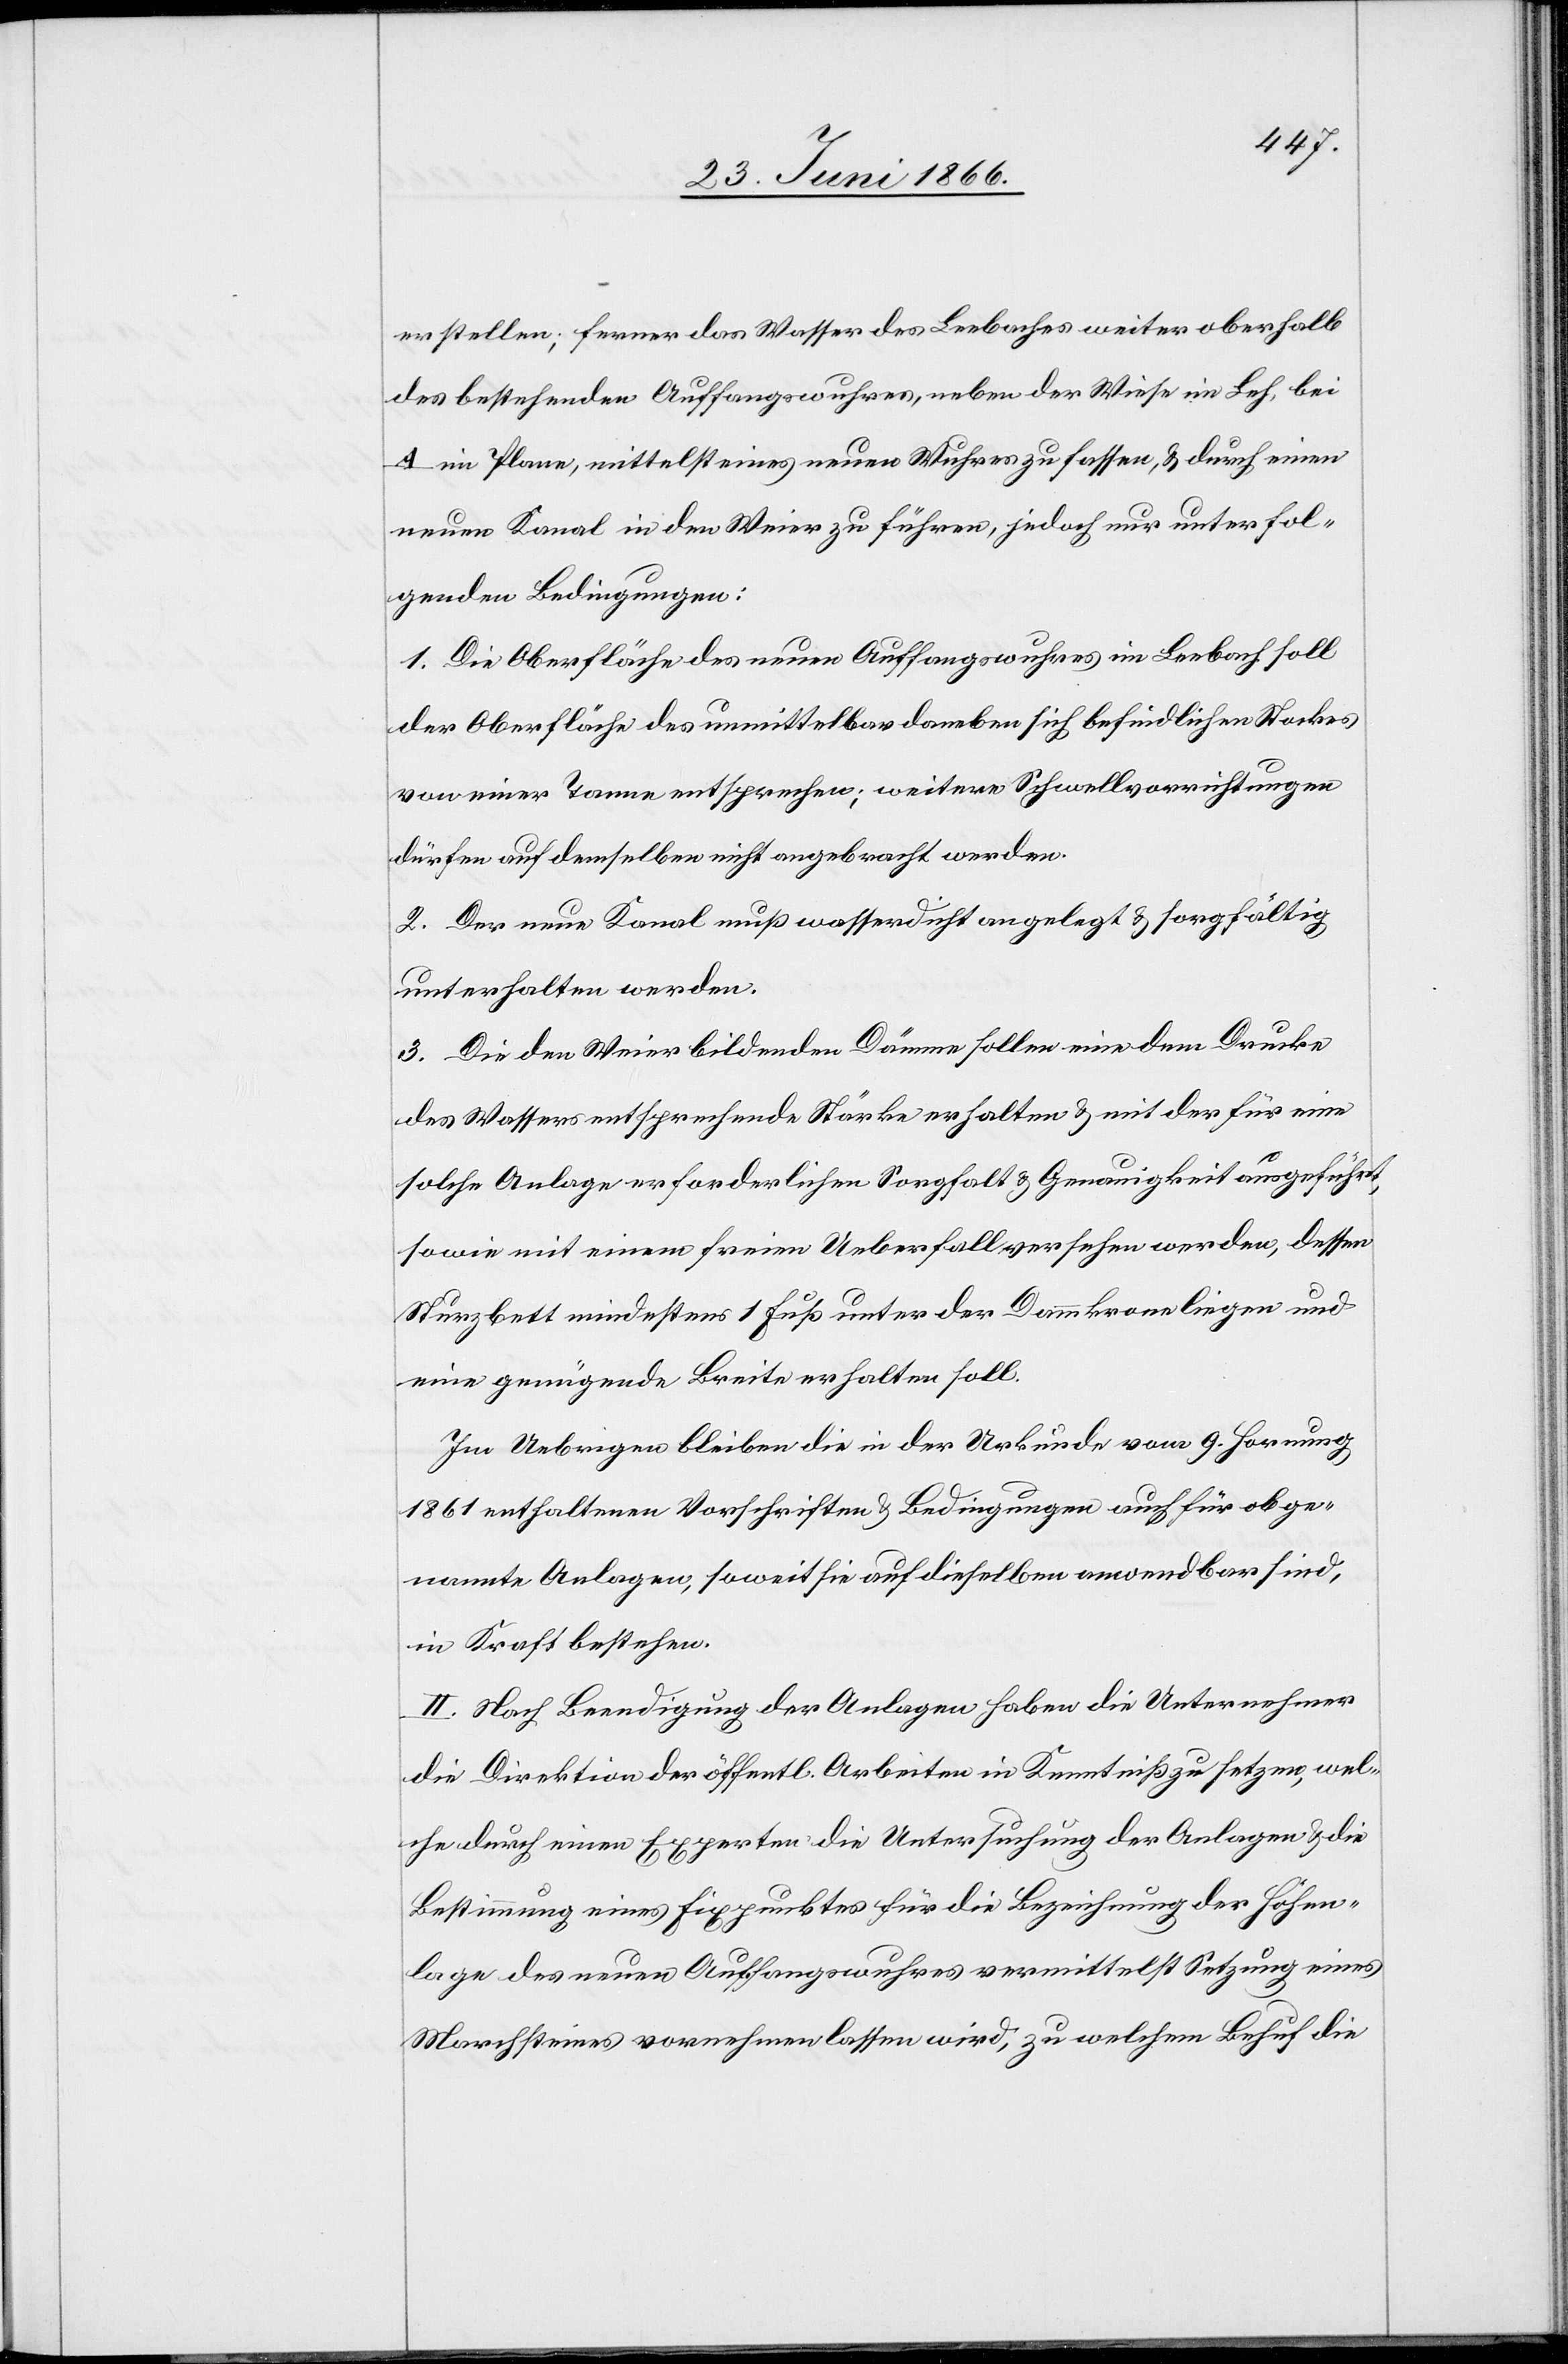
erstellen, ferner das Wasser des Seebaches weiter oberhalb
des bestehenden Auffangswuhres, neben der Wiese im Leh, bei
A im Plane, mittelst eines neuen Wuhres zu fassen, u. durch einen
neuen Kanal in den Weier zu führen, jedoch nur unter fol¬
genden Bedingungen:
1. Die Oberfläche des neuen Auffangswuhres im Seebach soll
der Oberfläche des unmittelbar daneben befindlichen Stockes
von einer Tanne entsprechen; weitere Schwellvorrichtungen
dürfen auf demselben nicht angebracht werden.
2. Der neue Kanal muß wasserdicht angelegt u. sorgfältig
unterhalten werden.
3. Die den Weier bildenden Dämme sollen eine dem Drucke
des Wassers entsprechende Stärke erhalten u. mit der für eine
solche Anlage erforderlichen Sorgfalt u. Genauigkeit ausgeführt
sowie mit einem freien Ueberfall versehen werden, dessen
Sturzbett mindestens 1 Fuß unter der Dammkrone liegen und
eine genügende Breite erhalten soll.
Im Uebrigen bleiben die in der Urkunde vom 9. Hornung
1861 enthaltenen Vorschriften u. Bedingungen auch für obge¬
nannte Anlagen, soweit sie auf dieselben anwendbar sind,
in Kraft bestehen.
II. Nach Beendigung der Anlagen haben die Unternehmer
die Direktion der öffentl. Arbeiten in Kenntniß zu setzen, wel¬
che durch einen Experten die Untersuchung der Anlagen u. die
Bestimmung eines Fixpunktes für die Beziehung der Höhen¬
lage des neuen Auffangswuhres vermittelst Setzung eines
Marchsteines vornehmen lassen wird, zu welchem Behuf die